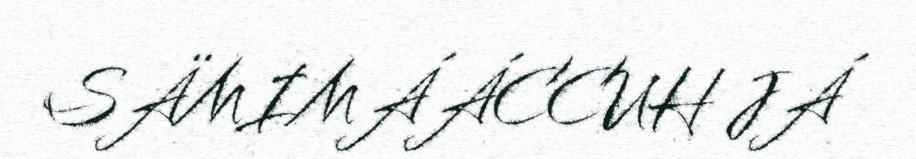
SÄMIMÁÁCCUH JÁ